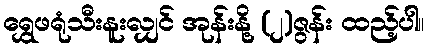
ရွှေဖရုံသီးနူးလျှင် အုန်းနို့ (၂)ဇွန်း ထည့်ပါ။